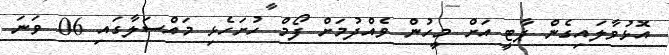
އޮޅުވާލައިގެން ޕާޓީ އަށް މީހުން ވެއްދުމަށް ފޯމް ހުށަހެޅި މައްސަލާގައި 06 ވަނަ